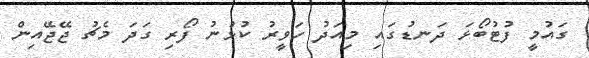
ގައުމީ ފުޓުބޯޅަ ދަނޑުގައި މިއަދު ހަވީރު ކުޅުނު ފޯރި ގަދަ މެޗު ޖޭޖޭއިން